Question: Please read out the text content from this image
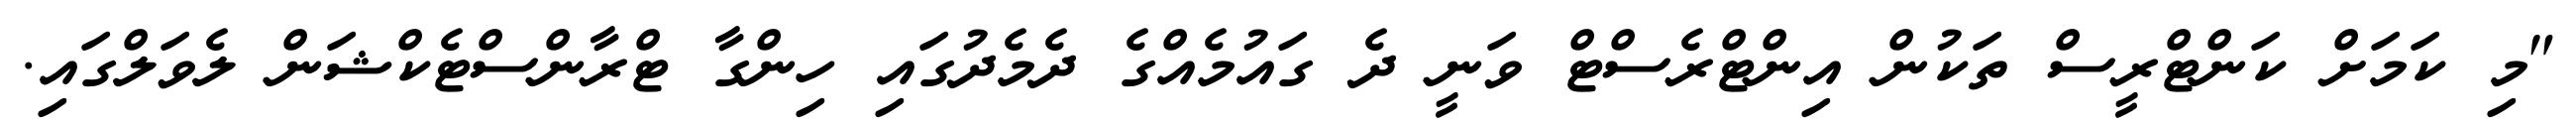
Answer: "މި ކަމަށް ކަންޓްރީސް ތަކުން އިންޓްރެސްޓް ވަނީ ދެ ގައުމެއްގެ ދެމެދުގައި ހިންގާ ޓްރާންސްޓެކްޝަން ލެވަލްގައި.